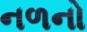
નળનો